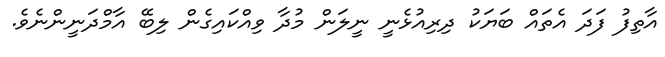
އާތިފު ފަދަ އެތައް ބަޔަކު ދިރިއުޅެނީ ނީލަން މުދާ ވިއްކައިގެން ލިބޭ އާމްދަނީންނެވެ.